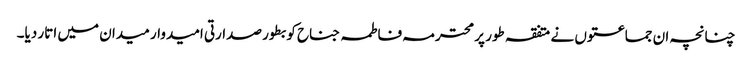
چنانچہ ان جماعتوں نے متفقہ طور پر محترمہ فاطمہ جناح کو بطور صدارتی امیدوار میدان میں اتار دیا۔